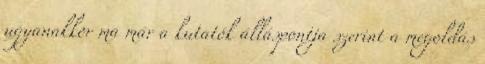
ugyanakkor ma már a kutatók álláspontja szerint a megoldás